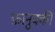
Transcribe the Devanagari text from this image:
फ़ानुक्की